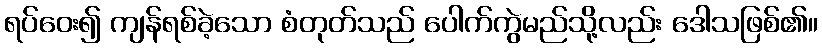
ရပ်ဝေး၍ ကျန်ရစ်ခဲ့သော စံတုတ်သည် ပေါက်ကွဲမည်သို့လည်း ဒေါသဖြစ်၏။